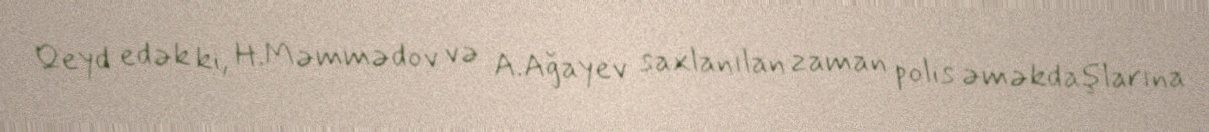
Qeyd edək ki, H.Məmmədov və A.Ağayev saxlanılan zaman polis əməkdaşlarına